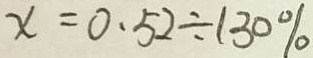
x = 0 . 5 2 \div 1 3 0 \%